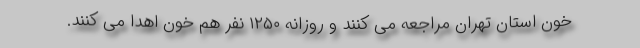
خون استان تهران مراجعه می کنند و روزانه ۱۲۵۰ نفر هم خون اهدا می کنند.